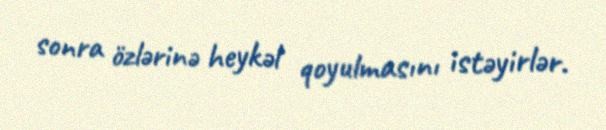
sonra özlərinə heykəl qoyulmasını istəyirlər.